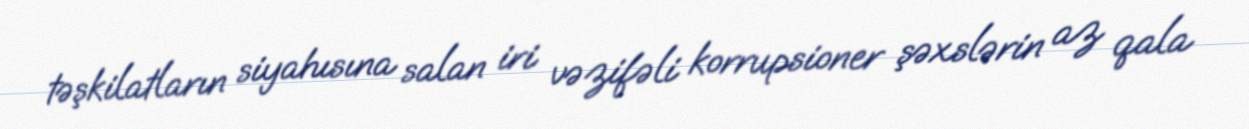
təşkilatların siyahısına salan iri vəzifəli korrupsioner şəxslərin az qala